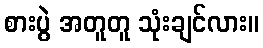
စားပွဲ အတူတူ သုံးချင်လား။